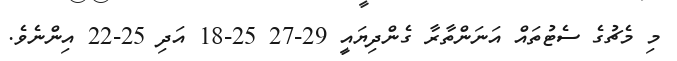
މި މެޗުގެ ސެޓުތައް އަނަންތާރާ ގެންދިޔައީ 29-27 25-18 އަދި 25-22 އިންނެވެ.